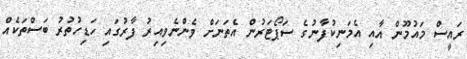
ރައީސް މައުމޫން އާއި އެމަނިކުފާނުގެ ސަޕޯޓަރުން އެތަނަށް ވެންނެވިއިރު ފާރުގައި ހަޑިހުތުރު ބަސްތަކެއް